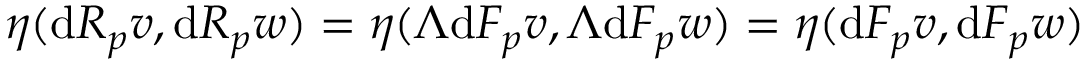
\eta ( \mathrm { d } R _ { p } v , \mathrm { d } R _ { p } w ) = \eta ( \Lambda \mathrm { d } F _ { p } v , \Lambda \mathrm { d } F _ { p } w ) = \eta ( \mathrm { d } F _ { p } v , \mathrm { d } F _ { p } w )